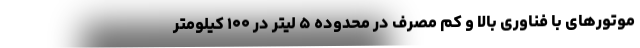
موتورهای با فناوری بالا و کم مصرف در محدوده ۵ لیتر در ۱۰۰ کیلومتر